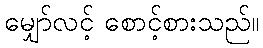
မျှော်လင့် စောင့်စားသည်။